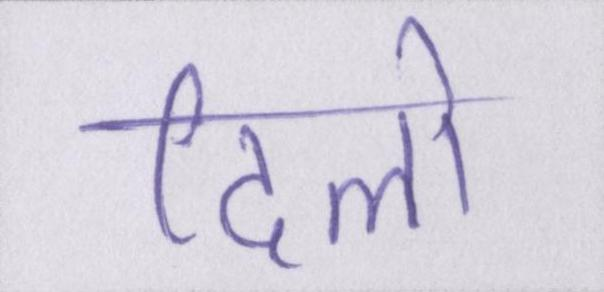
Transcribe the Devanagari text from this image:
दिलो